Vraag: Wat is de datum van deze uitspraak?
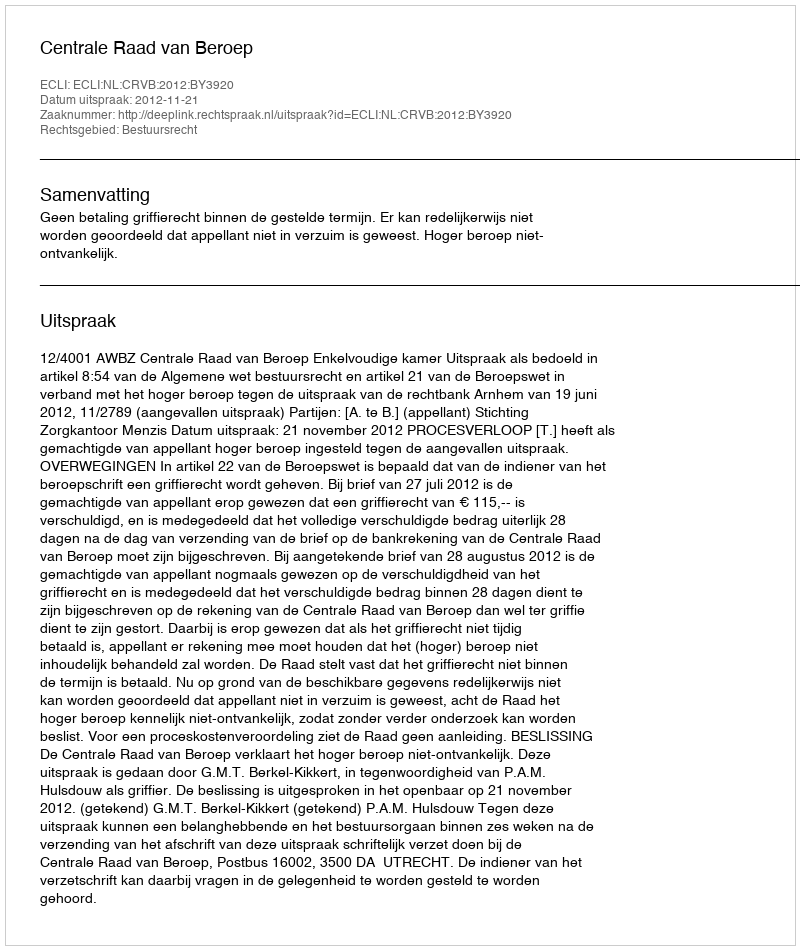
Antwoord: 2012-11-21